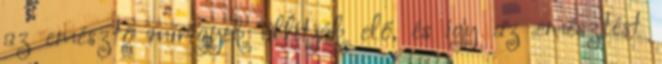
az emésztő mirigyek állítják elő, és így az emésztést